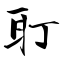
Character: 耵